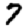
Digit: 7